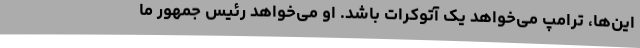
این‌ها، ترامپ می‌خواهد یک آتوکرات باشد. او می‌خواهد رئیس جمهور ما